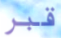
قبر